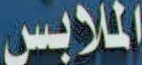
الملابس